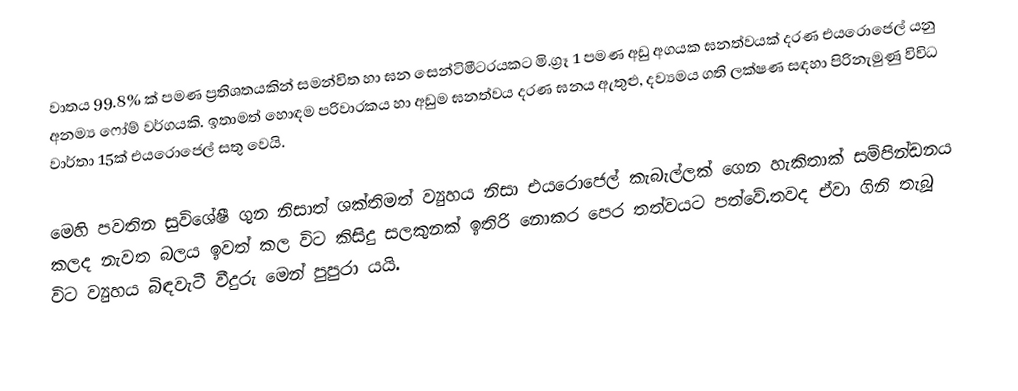
වාතය 99.8% ක් පමණ ප්‍රතිශතයකින් සමන්විත හා ඝන සෙන්ටිමීටරයකට මි.ග්‍රෑ 1 පමණ අඩු අගයක ඝනත්වයක් දරණ එයරොජෙල් යනු අනම්‍ය ෆෝම් වර්ගයකි. ඉතාමත් හොඳම පරිවාරකය හා අඩුම ඝනත්වය දරණ ඝනය ඇතුළු, දව්‍යමය ගති ලක්ෂණ සඳහා පිරිනැමුණු විවිධ වාර්තා 15ක් එයරොජෙල් සතු වෙයි.

මෙහි පවතින සුවිශේෂී ගුන නිසාත් ශක්තිමත් ව්‍යුහය නිසා එයරොජෙල් කැබැල්ලක් ගෙන හැකිතාක් සම්පින්ඩනය කලද නැවත බලය ඉවත් කල විට කිසිදු සලකුනක් ඉතිරි නොකර පෙර තත්වයට පත්වේ.තවද ඒවා ගිනි තැබූ විට ව්‍යුහය බිඳවැටී වීදුරු මෙන් පුපුරා යයි.